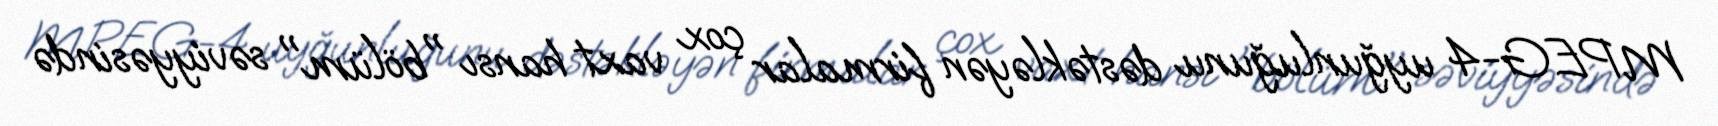
MPEG-4 uyğunluğunu dəstəkləyən firmalar çox vaxt hansı "bölüm" səviyyəsində